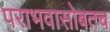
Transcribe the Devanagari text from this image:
पराभवासोबतच